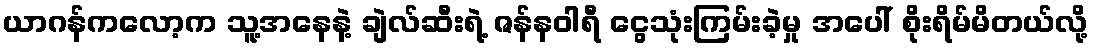
ယာဂန်ကလော့က သူ့အနေနဲ့ ချဲလ်ဆီးရဲ့ ဇန်နဝါရီ ငွေသုံးကြမ်းခဲ့မှု အပေါ် စိုးရိမ်မိတယ်လို့